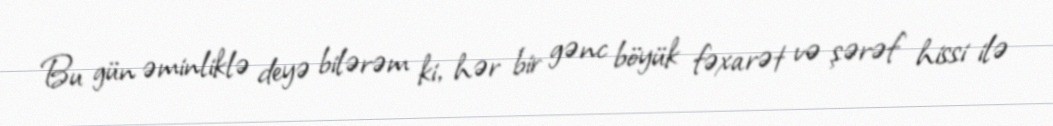
Bu gün əminliklə deyə bilərəm ki, hər bir gənc böyük fəxarət və şərəf hissi ilə